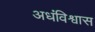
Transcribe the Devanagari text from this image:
अधंविश्वास